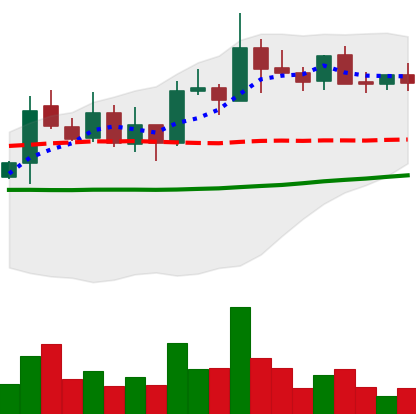
Ticker: XLM-USD
Chart end date: 2021-10-24
Forward return: -3.002%
Label: down_3_5